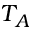
T _ { A }